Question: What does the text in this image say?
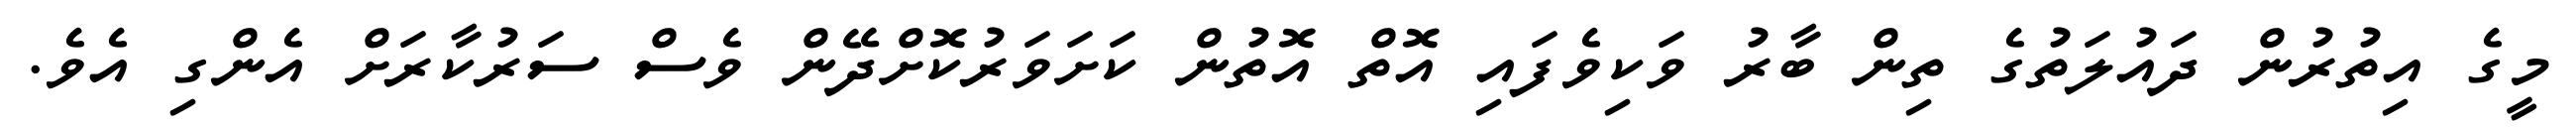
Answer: މީގެ އިތުރުން ދައުލަތުގެ ތިން ބާރު ވަކިވެފައި އޮތް އޮތުން ކަށަވަރުކޮށްދޭން ވެސް ސަރުކާރަށް އެންގި އެވެ.